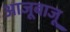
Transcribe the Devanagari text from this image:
आजूबाजू